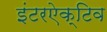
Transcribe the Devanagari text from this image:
इंटरऐक्टिव